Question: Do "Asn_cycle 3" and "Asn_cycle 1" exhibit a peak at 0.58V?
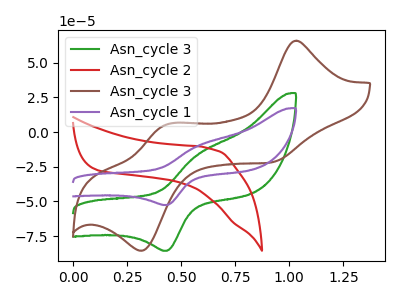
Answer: <think>The green curve "Asn_cycle 3" has an anodic peak at (0.60V, -15.90uA) and a cathodic peak at (0.45V, -85.55uA). The red curve "Asn_cycle 2" has no peaks. The brown curve "Asn_cycle 3" has anodic peaks at (1.05V, 65.85uA) (0.45V, 5.60uA) and cathodic peaks at (0.90V, -21.95uA) (0.30V, -85.45uA). The purple curve "Asn_cycle 1" has an anodic peak at (0.60V, -9.75uA) and a cathodic peak at (0.45V, -52.55uA).</think>
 <answer>Yes, "Asn_cycle 3" and "Asn_cycle 1" share a peak at 0.58V.</answer>
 <eval>match</eval>